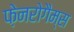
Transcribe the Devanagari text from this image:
फ़ेनरोगैम्स